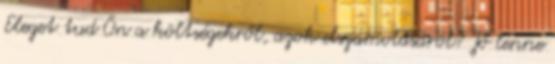
Eleget tud Ön a költségekről, azok elszámolásáról? Jó lenne